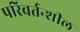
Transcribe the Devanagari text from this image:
परिवर्तन्शील